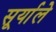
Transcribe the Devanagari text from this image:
सूर्याले